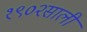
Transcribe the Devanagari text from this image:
१९०२साली